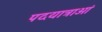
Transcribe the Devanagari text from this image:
पदयात्राओं